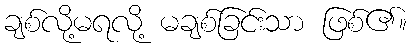
ချစ်လို့မရလို့ မချစ်ခြင်းသာ ဖြစ်၏။